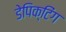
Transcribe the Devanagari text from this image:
डेपिक्टिंग